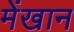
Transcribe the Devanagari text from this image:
मेंखान